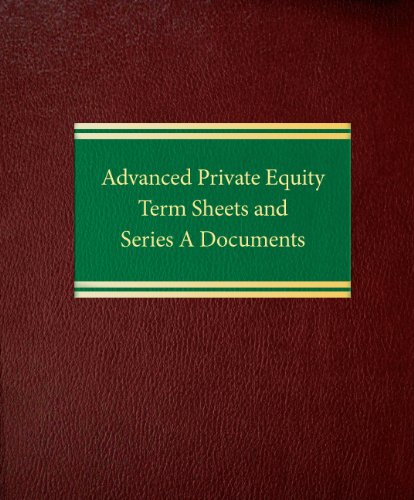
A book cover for Advanced Private Equity Term Sheets and Series A Documents (Securities Series); Joseph W. Bartlett; Law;